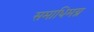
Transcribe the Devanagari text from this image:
समाधिमग्न